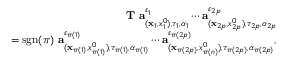
\begin{array} { r l r } & { } & { { \bf T } \ { \bf a } _ { ( { \bf x } _ { 1 } , { x _ { 1 } ^ { 0 } } ) , \tau _ { 1 } , \alpha _ { 1 } } ^ { \varepsilon _ { 1 } } \cdots { \bf a } _ { ( { \bf x } _ { 2 p } , { x _ { 2 p } ^ { 0 } } ) , \tau _ { 2 p } , \alpha _ { 2 p } } ^ { \varepsilon _ { 2 p } } } \\ & { } & { \quad \quad \quad \quad = \mathrm { s g n } ( \pi ) \ { \bf a } _ { ( { \bf x } _ { \pi ( 1 ) } , { x } _ { \pi ( 1 ) } ^ { 0 } ) , \tau _ { \pi ( 1 ) } , \alpha _ { \pi ( 1 ) } } ^ { \varepsilon _ { \pi ( 1 ) } } \cdots { \bf a } _ { ( { \bf x } _ { \pi ( { 2 p } ) } , { x } _ { \pi ( n ) } ^ { 0 } ) , \tau _ { \pi ( { 2 p } ) } , \alpha _ { \pi ( { 2 p } ) } } ^ { \varepsilon _ { \pi ( { 2 p } ) } } , } \end{array}